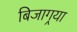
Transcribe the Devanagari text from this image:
बिजागर्‍या